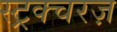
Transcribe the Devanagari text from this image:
स्ट्रक्चरज़